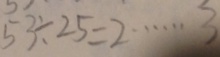
5 3 \div 2 5 = 2 \cdots 3